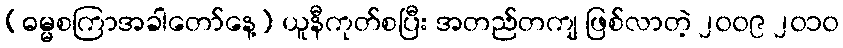
(ဓမ္မစကြာအခါတော်နေ့) ယူနီကုတ်စပြီး အတည်တကျ ဖြစ်လာတဲ့ ၂၀၀၉ ၂၀၁၀